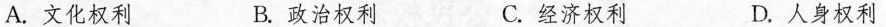
A.文化权利 B.政治权利 C.经济权利 D.人身权利